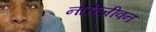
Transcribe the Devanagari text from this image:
नारीजीवन